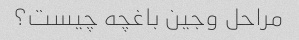
مراحل وجین باغچه چیست؟